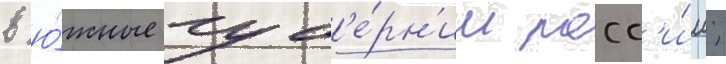
в ю́жные губ'е́рн'ии росс'и́и;